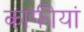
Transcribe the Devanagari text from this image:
काफीयां